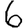
Digit: 6